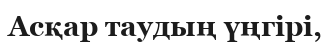
Асқар таудың үңгірі,